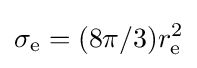
\sigma _{\text{e}}=(8\pi /3)r_{\text{e}}^{2}